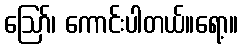
ဪ၊ ကောင်းပါတယ်။ရော့။